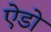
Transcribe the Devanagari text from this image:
ऐडो